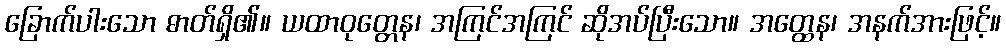
ခြောက်ပါးသော ဓာတ်ရှိ၏။ ယထာဝုတ္တေန၊ အကြင်အကြင် ဆိုအပ်ပြီးသော။ အတ္ထေန၊ အနက်အားဖြင့်။